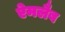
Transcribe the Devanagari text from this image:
ऐमलैब